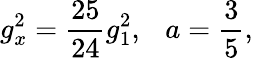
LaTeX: g_{x}^{2}={\frac{25}{24}}g_{1}^{2},~~~a={\frac{3}{5}},